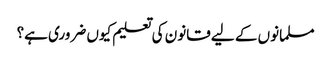
مسلمانوں کے لیے قانون کی تعلیم کیوں ضروری ہے؟